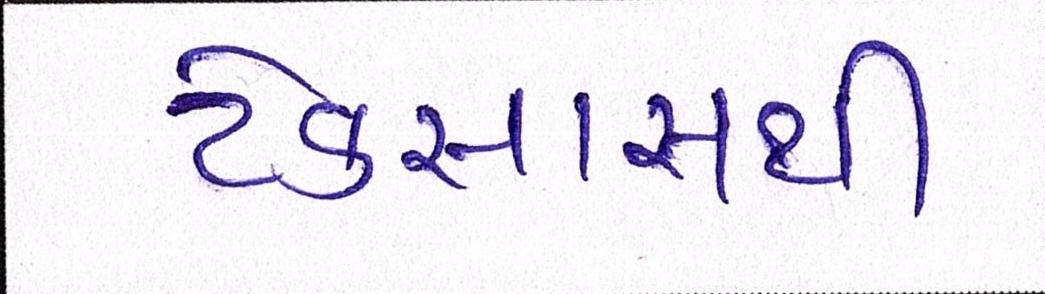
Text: ટેક્સાસથી